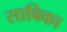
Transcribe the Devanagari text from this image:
साबिका